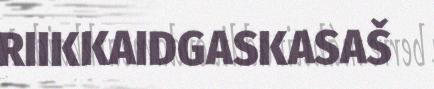
RIIKKAIDGASKASAŠ